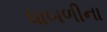
ધાબળીના